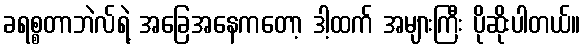
ခရစ္စတာဘဲလ်ရဲ့ အခြေအနေကတော့ ဒါ့ထက် အများကြီး ပိုဆိုးပါတယ်။